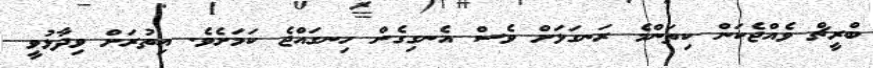
ބްރީޗް ވެއްޖެކަން ކިތަންމެ ރަނގަޅަށް ވެސް އެނގިގެން ހިނގައްޖެ ކަމަށެވެ. އިތުރަށް ވިދާޅުވީ